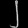
Digit: ၂